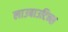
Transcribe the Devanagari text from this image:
लाउबाउटिन्स